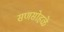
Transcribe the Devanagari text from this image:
सणसोहळे